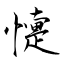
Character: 懥